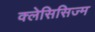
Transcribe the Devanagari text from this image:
क्लेसिसिज्म